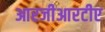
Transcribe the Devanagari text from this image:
आरजीआरटीए